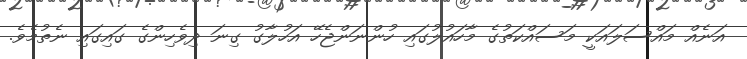
އަނެއް މައްސަލައަކީ މަސައްކަތުގެ މާހައުލުގައި ހުންނަންޖެހޭ އަހުލާގު ގިނަ ދިވެހިންގެ ގައިގައި ނެތުމެވެ.